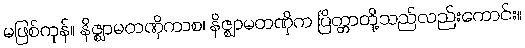
မဖြစ်ကုန်။ နိဇ္ဈာမတဏှိကာစ၊ နိဇ္ဈာမတဏှိက ပြိတ္တာတို့သည်လည်းကောင်း။